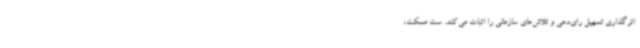
اثرگذاری تسهیل رای‌دهی و تلاش‌های سازمانی را اثبات می‌کند. ست مسکت،